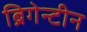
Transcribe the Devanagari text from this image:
ब्रिगेन्टीन